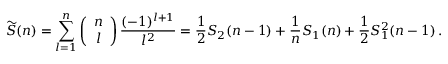
\widetilde { S } ( n ) = \sum _ { l = 1 } ^ { n } \left( \begin{array} { c } { { n } } \\ { { l } } \end{array} \right) \frac { ( - 1 ) ^ { l + 1 } } { l ^ { 2 } } = \frac { 1 } { 2 } S _ { 2 } ( n - 1 ) + \frac { 1 } { n } S _ { 1 } ( n ) + \frac { 1 } { 2 } S _ { 1 } ^ { 2 } ( n - 1 ) \, .